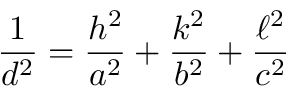
{ \frac { 1 } { d ^ { 2 } } } = { \frac { h ^ { 2 } } { a ^ { 2 } } } + { \frac { k ^ { 2 } } { b ^ { 2 } } } + { \frac { \ell ^ { 2 } } { c ^ { 2 } } }